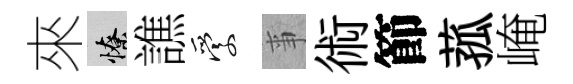
來憭譙愛亊術節菰崦